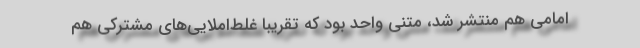
امامی هم منتشر شد، متنی واحد بود که تقریبا غلط‌املایی‌های مشترکی هم